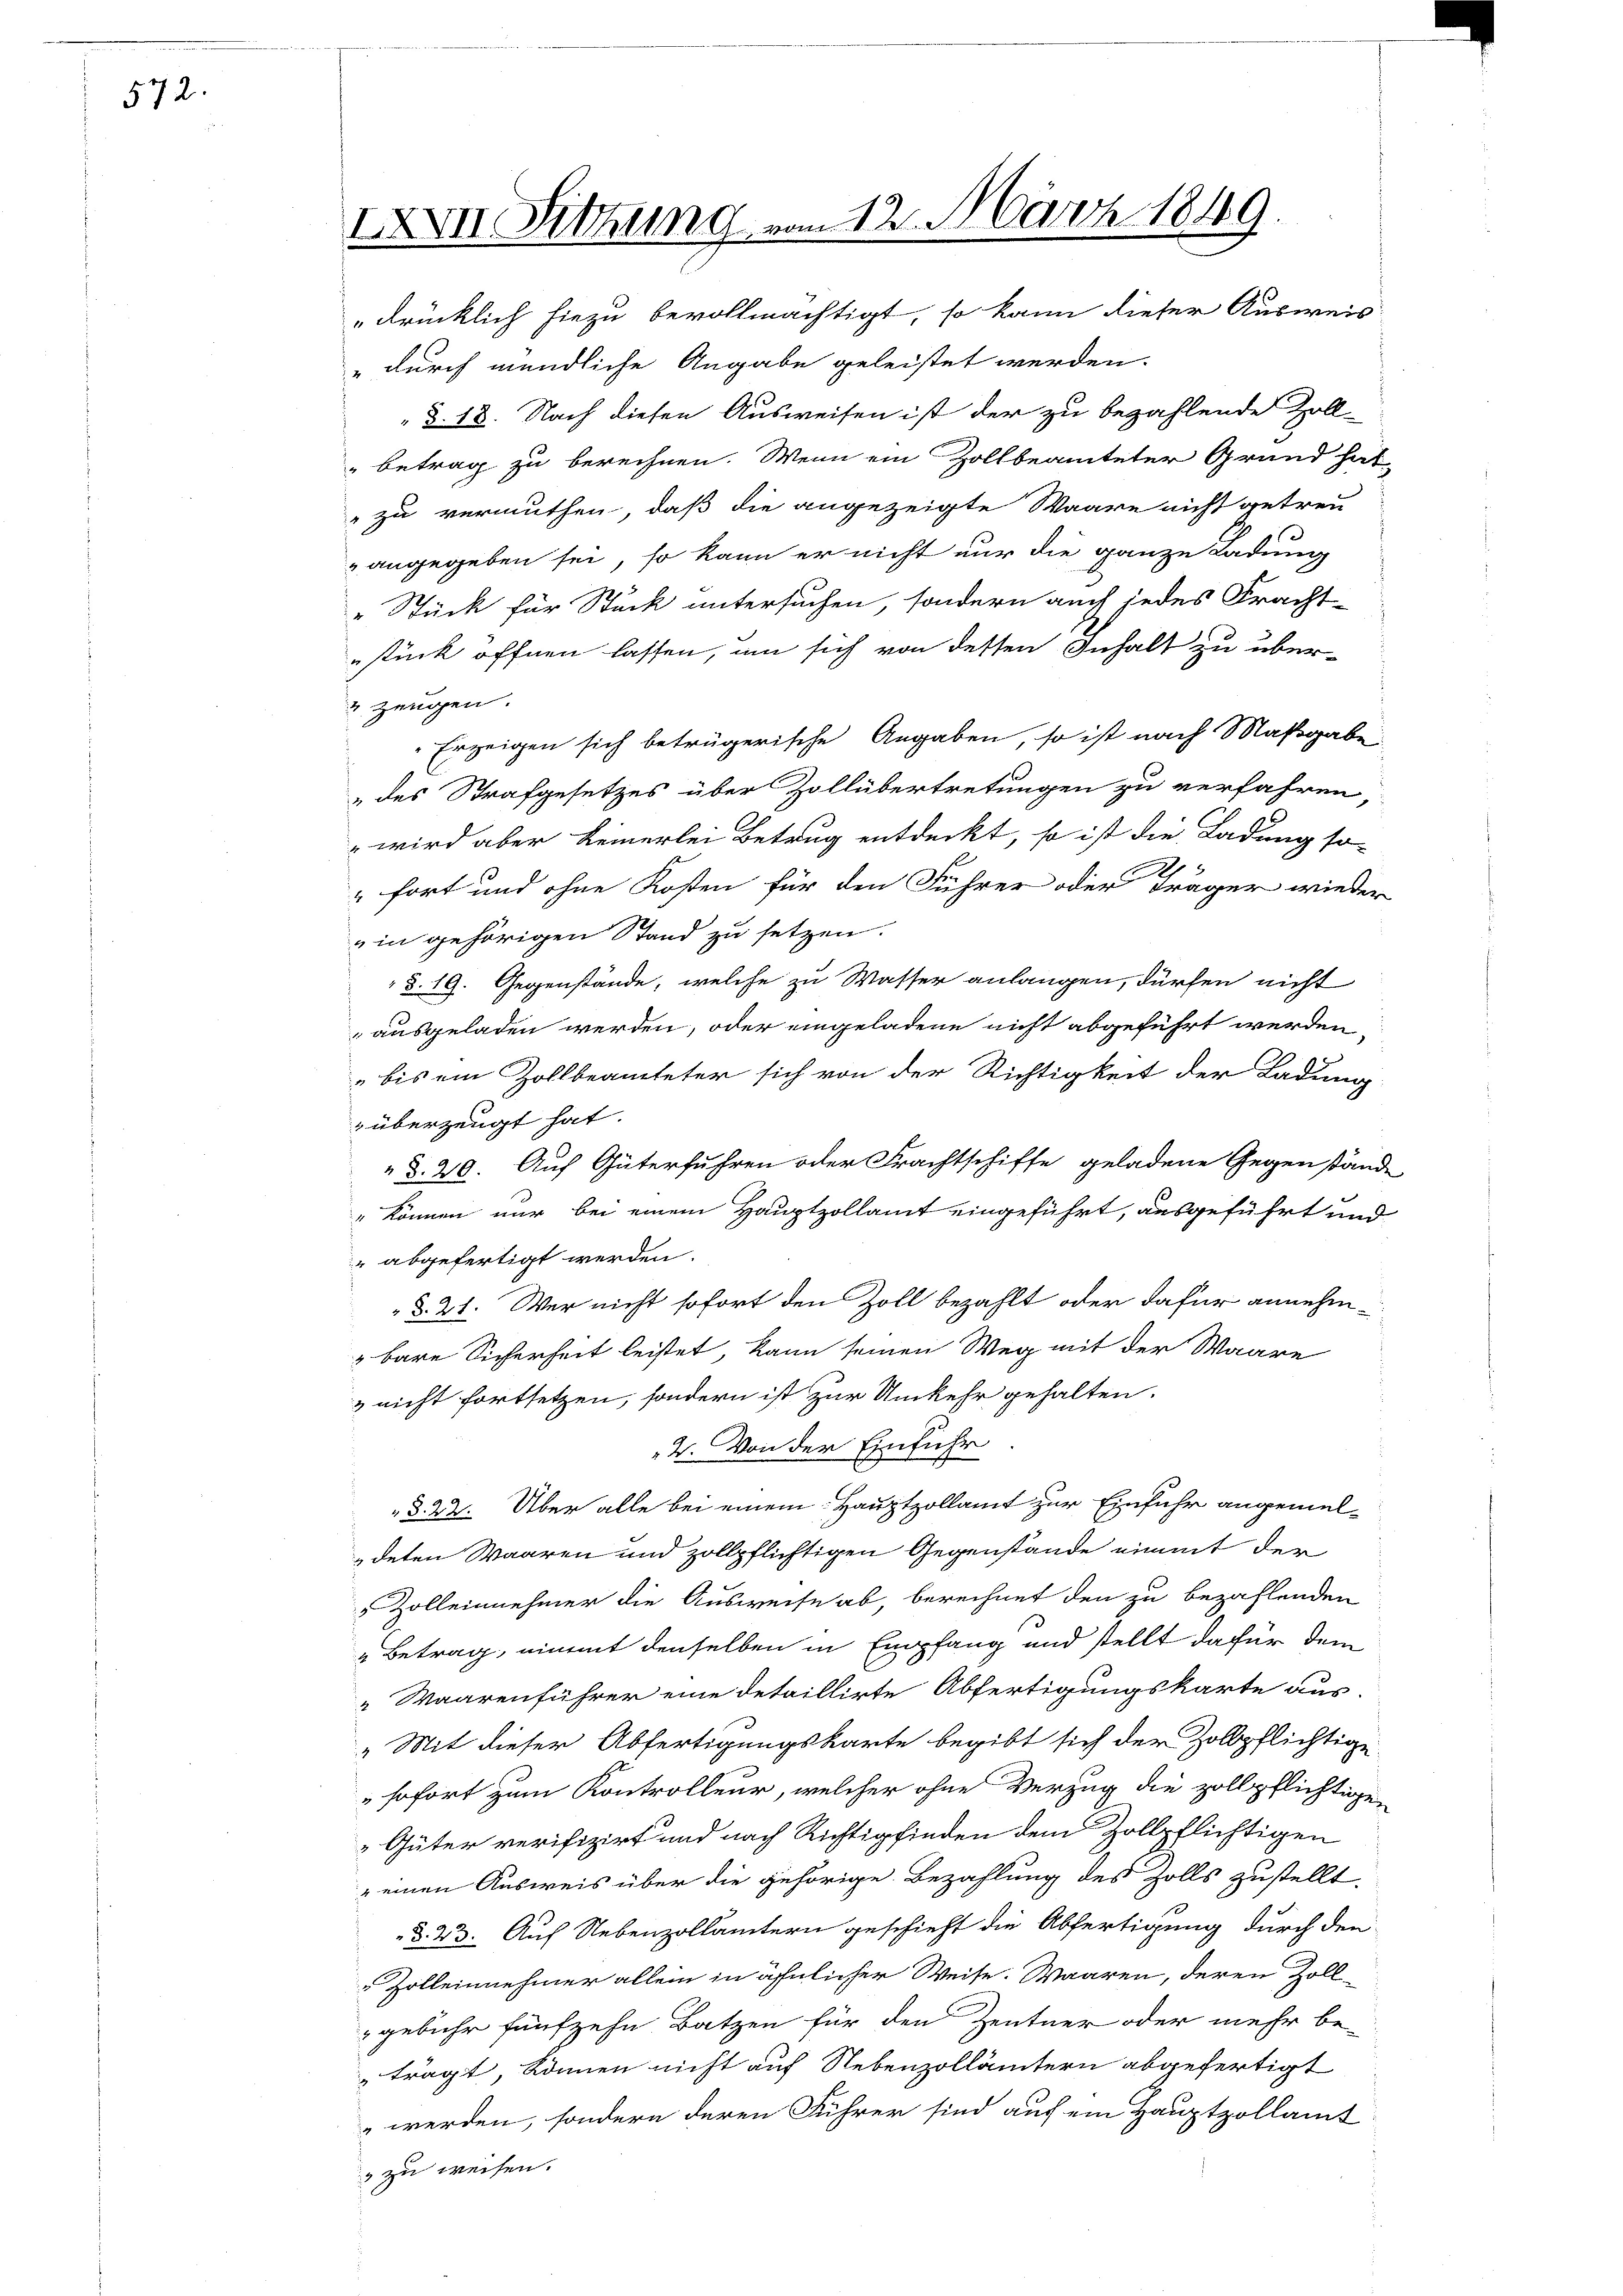
572.

" durch mündliche Angabe geleistet werden.
 §. 18. Nach diesen Ausweisen ist der zu bezahlende Zoll-
" betrag zu berechnen. Wenn ein Zollbeamteter Grund hät
" zu vermuthen, daß die angezeigte Waare nicht getreu
" angegeben sei, so kann er nicht nur die ganze Ladung
"Stück für Stück untersuchen, sondern auch jedes Fracht
stück öffnen lassen, um sich von dessen Inhalt zu über-
 Zeugen.
Erzeigen sich betrügerische Angaben, so ist nach Maßgabe
des Strafgesetzes über Zollübertretungen zu verfahren,
" wird aber keinerlei Betrug entdeckt, so ist die Ladung so-

d
"fort und ohne Kosten für den Führer oder Träger wieder
in gehörigen Stand zu setzen.
 §. 19. Gegenstände, welche zu Wasser anlangen, dürfen nicht
ausgeladen werden, oder eingeladene nicht abgeführt werden,
bis ein Zollbeamteter sich von der Richtigkeit der Ladung
 überzeugt hat.
 §. 20. Auf Güterfuhren oder Frachtschiffe geladene Gegenstände
 können nur bei einem Hauptzollamt eingeführt, ausgeführt und
 abgefertigt werden.
 §. 21. Wer nicht sofort den Zoll bezahlt oder dafür annehmbare Sicherheit leistet, kann seinen Weg mit der Waare
& nicht fortsetzen, sondern ist zur Umkehr gehalten.
4. Von der Einführ
§. 22. Über alle bei einem Hauptzollamt zur Einfuhr angemeldeten Waaren und zollpflichtigen Gegenstände einmmt der
 Zolleinehmer die Ausweise ab, berechnet den zu bezahlenden
„Betrag, nimmt denselben in Empfang und stellt dafür dem
„Waarenführer eine detaillirte Abfertigungskarte aus
„Mit dieser Abfertigungskarte begibt sich der Zollpflichtige
" sofort zum Kontrolleur, welcher ohne Verzug die zollpflichtigen
Güter verifizirt und nach Richtigfinden dem Zollpflichtigen
" einen Ausweis über die gehörige Bezahlung des Zolls zustellt.
§. 23. Auf Nebenzollämtern geschieht die Abfertigung durch den
Zolleinnehmer allein in ähnlicher Weise. Waaren, deren Zoll-
gebühr fünfzehn Batzen für den Zentner oder mehr be-
trägt, können nicht auf Nebenzollämtern abgefertigt
werden, sondern deren Führer sind auf ein Hauptzollamt
 zu weisen.

XXVII Sitzung vom 12. März 1849.
drücklich hiezu bevollmächtigt, so kann dieser Ausweis